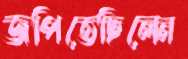
জপিতেছিলেন